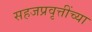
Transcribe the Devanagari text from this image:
सहजप्रवृत्तींच्या